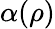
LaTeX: \alpha(\rho)